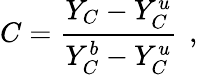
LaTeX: C=\frac{Y_{C}-Y_{C}^{u}}{Y_{C}^{b}-Y_{C}^{u}}\, \mathrm{~,~}